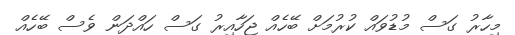
މިހާރު ގަސް މުޑުވައް ކުރުމަށް ބޭހެއް ޖަހާއިރު ގަސް ހައްދަން ވެސް ބޭހެއް